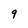
Character: 9